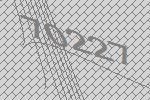
70227